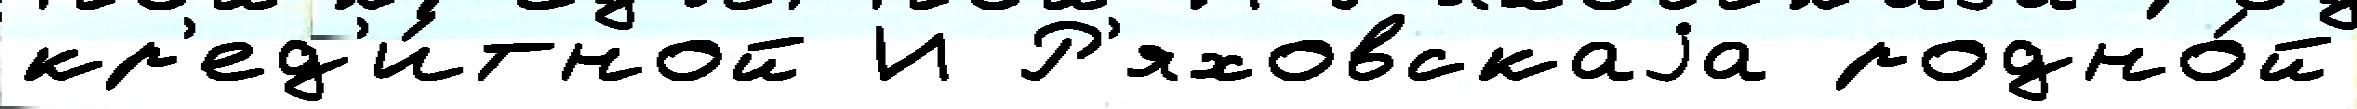
кр'ед'и́тной И Р'яховскаjа родно́й